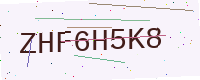
Text: ZHF6H5K8